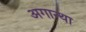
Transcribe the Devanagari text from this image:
अगान्था